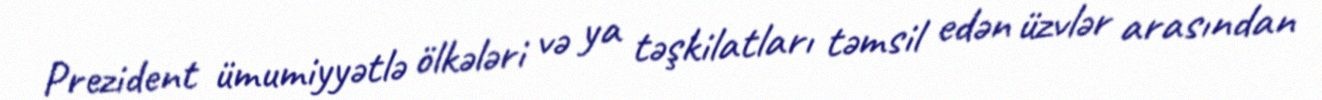
Prezident ümumiyyətlə ölkələri və ya təşkilatları təmsil edən üzvlər arasından